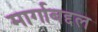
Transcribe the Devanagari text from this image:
मार्गाबद्दल